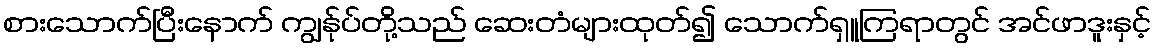
စားသောက်ပြီးနောက် ကျွန်ုပ်တို့သည် ဆေးတံများထုတ်၍ သောက်ရှူကြရာတွင် အင်ဖာဒူးနှင့်